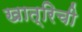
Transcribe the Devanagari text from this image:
खात्रिची